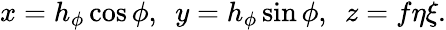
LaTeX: \begin{array}{r}{x=h_{\phi}\cos\phi,~~y=h_{\phi}\sin\phi,~~z=f\eta\xi.}\end{array}